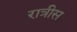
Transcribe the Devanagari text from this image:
रात्रीस